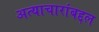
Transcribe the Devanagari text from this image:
अत्याचारांबद्दल